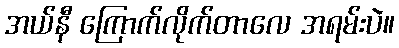
အယ်နီ ကြောက်လိုက်တာလေ အရမ်းပဲ။